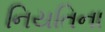
નિયતિના